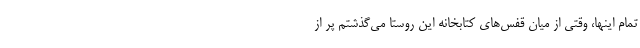
تمام اینها، وقتی از میان قفس‌های کتابخانه این روستا می‌گذشتم پر از